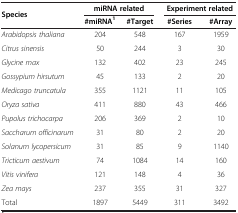
| <ROWSPAN=2> Species | <COLSPAN=2> miRNA related | <COLSPAN=2> Experiment related |
 | #miRNA1 | #Target | #Series | #Array |
 | --- | --- | --- | --- | --- |
 | Arabidopsis thaliana | 204 | 548 | 167 | 1959 |
 | Citrus sinensis | 50 | 244 | 3 | 30 |
 | Glycine max | 132 | 402 | 23 | 245 |
 | Gossypium hirsutum | 45 | 133 | 2 | 20 |
 | Medicago truncatula | 355 | 1121 | 11 | 105 |
 | Oryza sativa | 411 | 880 | 43 | 466 |
 | Pupolus trichocarpa | 206 | 369 | 2 | 10 |
 | Saccharum officinarum | 31 | 80 | 2 | 20 |
 | Solanum lycopersicum | 31 | 85 | 9 | 1140 |
 | Tricticum aestivum | 74 | 1084 | 14 | 160 |
 | Vitis vinifera | 121 | 148 | 4 | 36 |
 | Zea mays | 237 | 355 | 31 | 327 |
 | Total | 1897 | 5449 | 311 | 3492 |